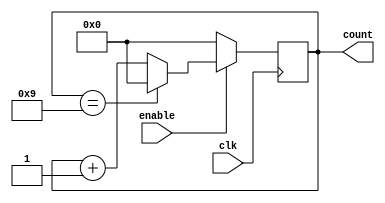
module BCD_Up_Counter (
    input wire clk,
    input wire enable,
    output reg [3:0] count
);

always @ (posedge clk) begin
    if (enable) begin
        if (count == 9'b1001) begin
            count <= 4'b0000;
        end else begin
            count <= count + 1;
        end
    end else begin
        count <= 4'b0000;
    end
end

endmodule